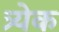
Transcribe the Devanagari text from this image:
त्र्येक